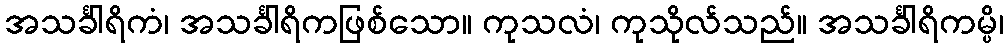
အသင်္ခါရိကံ၊ အသင်္ခါရိကဖြစ်သော။ ကုသလံ၊ ကုသိုလ်သည်။ အသင်္ခါရိကမ္ပိ၊